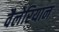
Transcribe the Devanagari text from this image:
वैलेरियान